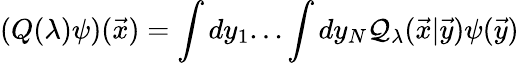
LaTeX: (Q(\lambda)\psi)({\vec{x}})=\int dy_{1}...\int dy_{N}{\cal Q}_{\lambda}({\vec{x}}|{\vec{y}})\psi({\vec{y}})